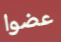
عضوا